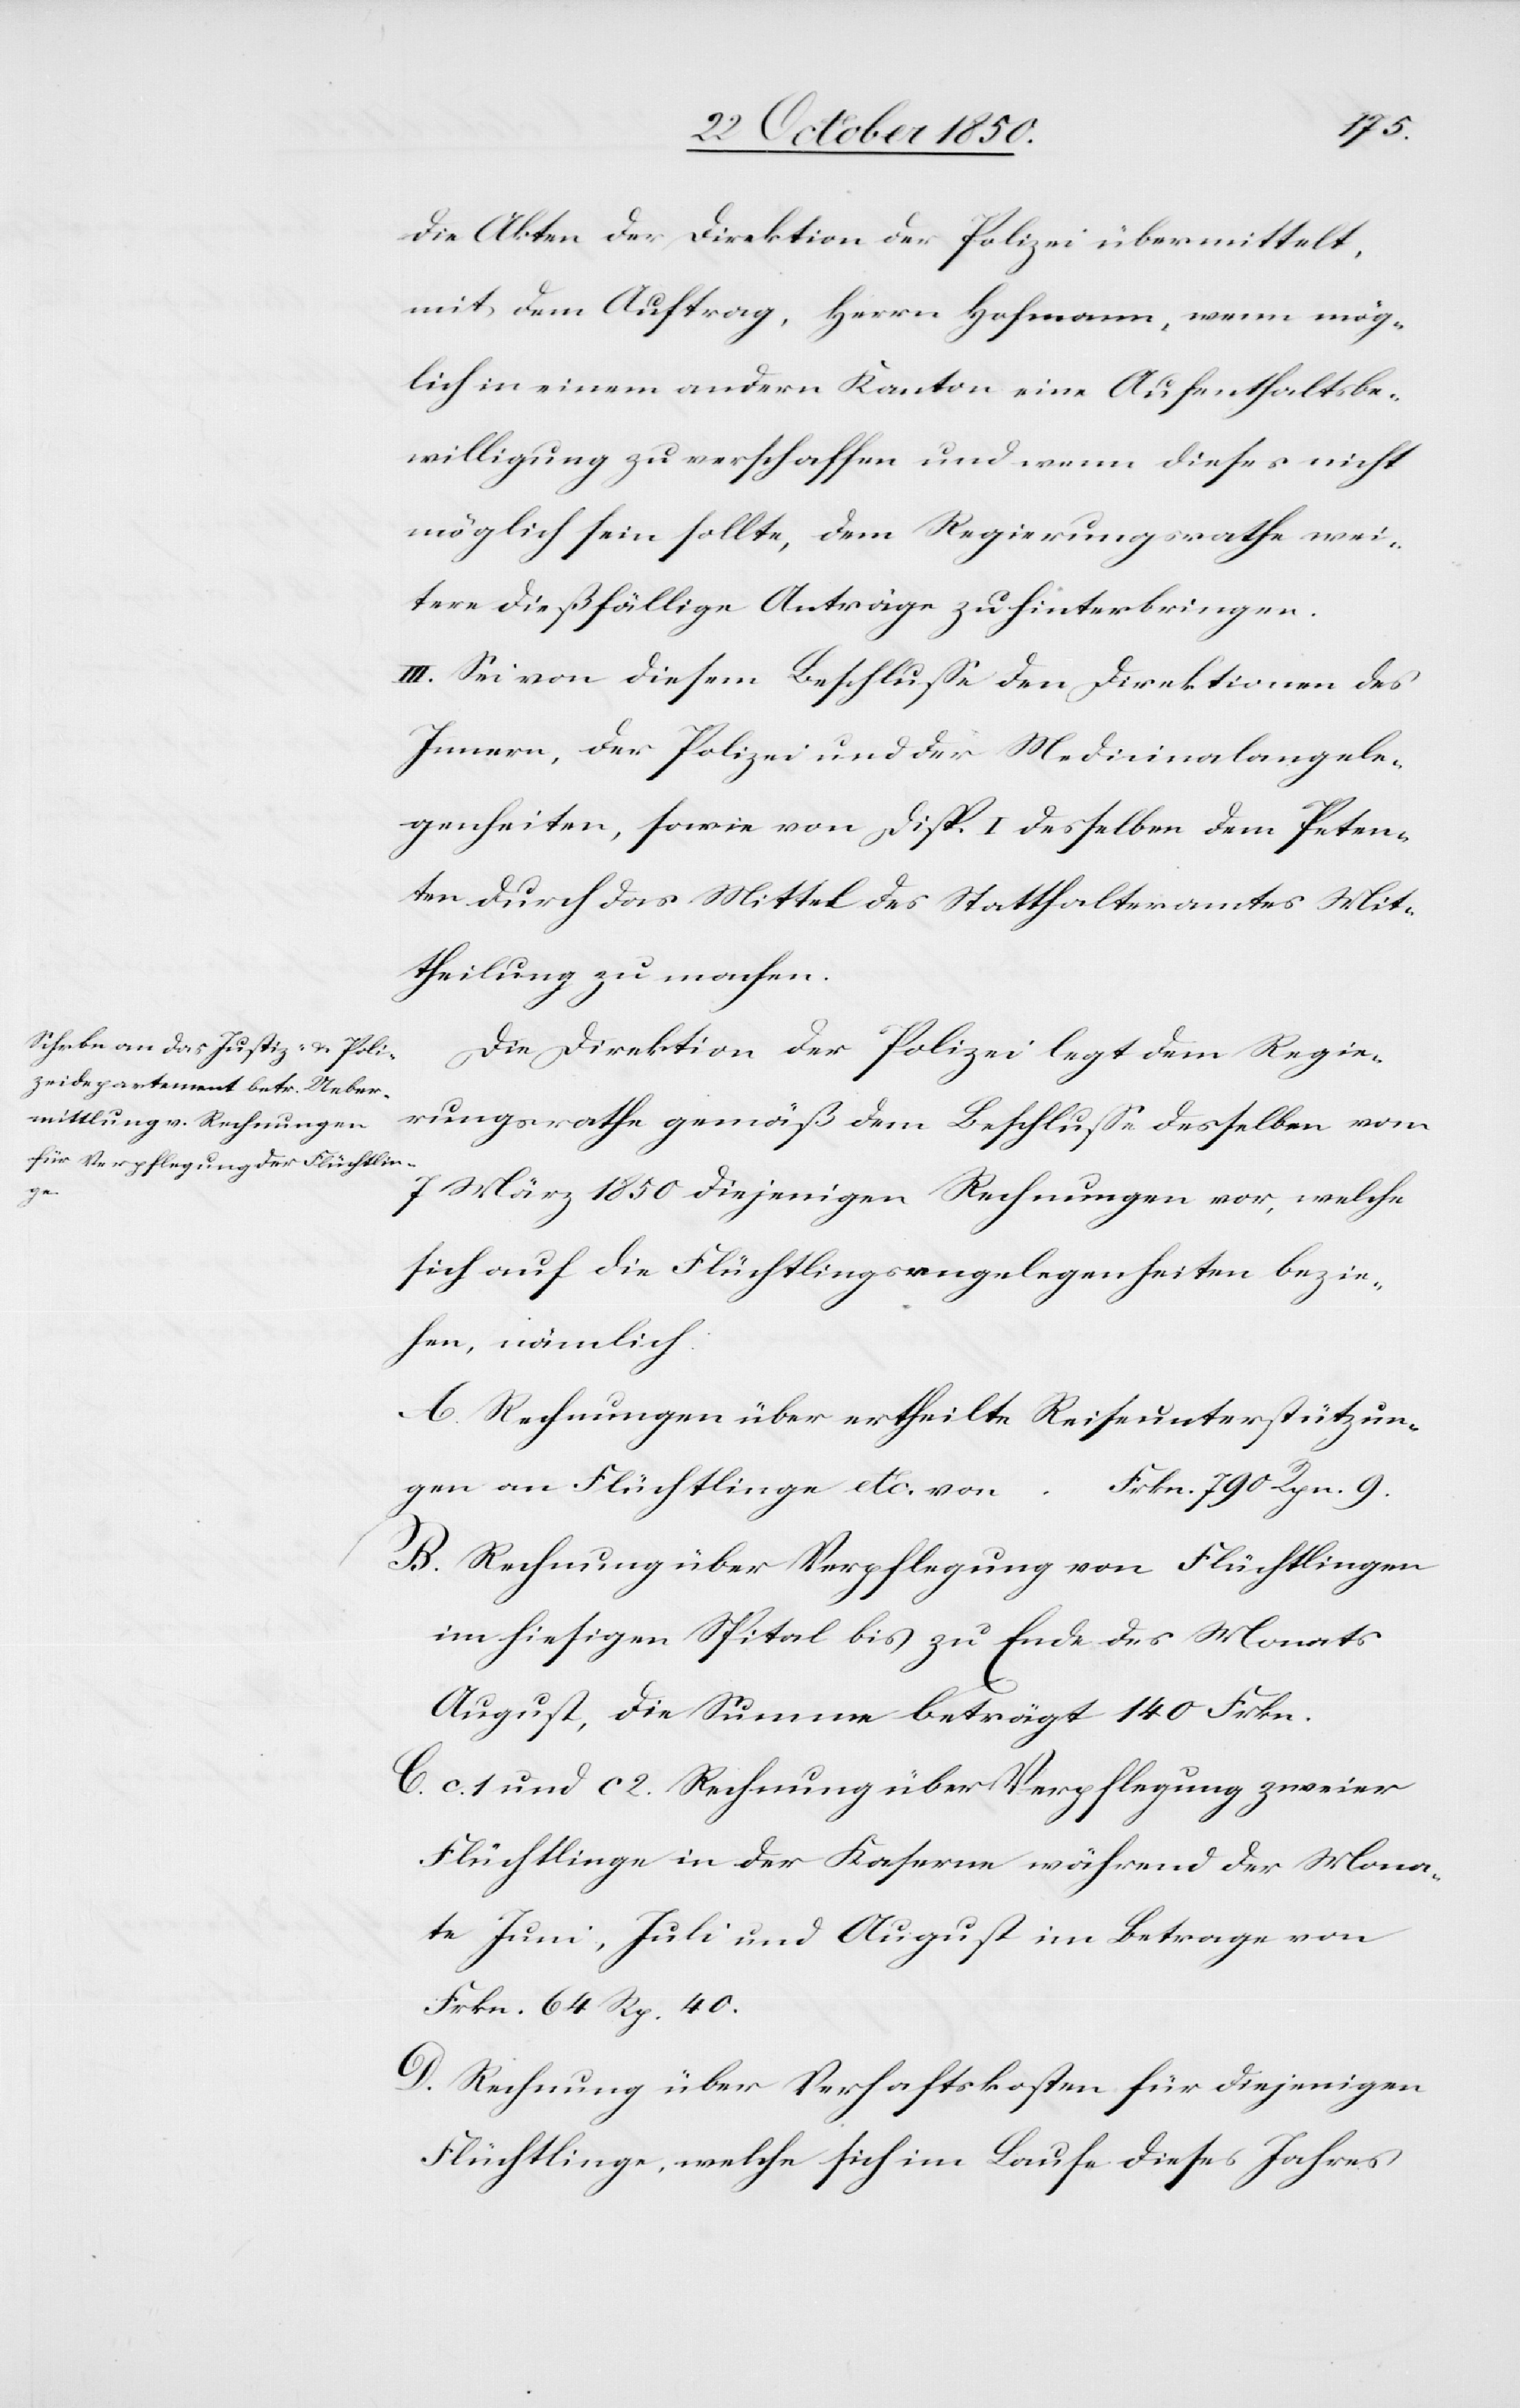
bezie¬

die Akten der Direktion der Polizei übermittelt,
mit dem Auftrag, Herrn Hofmann, wenn mög¬
lich in einem andern Kanton eine Aufenthaltsbe¬
willigung zu verschaffen und wenn dieses nicht
möglich sein wollte, dem Regierungsrathe wei¬
tere dießfällige Anträge zu hinterbringen.
III. Sei von diesem Beschluße den Direktionen des
Innern, der Polizei und der Medicinalangele¬
genheiten, sowie von Disp. I. desselben dem Peten¬
ten durch das Mittel des Statthalteramtes Mit¬
theilung zu machen.
Die Direktion der Polizei legt dem Regie¬
rungsrathe gemäß dem Beschlusse desselben vom
7 März 1850 diejenigen Rechnungen vor, welche
sich auf die Flüchtlingsrngelegenheiten [recte:
hen, nämlich:
A. Rechnungen über ertheilte Reiseunterstützun¬
gen an Flüchtlinge etc. von	Frkn. 790 Rpn. 9.
B. Rechnung über Verpflegung von Flüchtlingen
im hiesigen Spital bis zu Ende des Monats
C. c. 1 und c 2. Rechnung über Verpflegung zweier
Flüchtlinge in der Kaserne während der Mona¬
te Juni, Juli und August im Betrage vo¬
n	Frkn. 64 Rp. 40.
D. Rechnung über Verhaftskosten für diejenigen
Flüchtlinge, welche sich im Laufe dieses Jahres